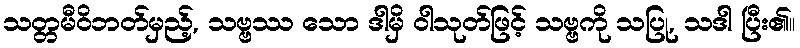
သတ္တမီဝိဘတ်မှည့်, သဗ္ဗဿ သော ဒါမှိ ဝါသုတ်ဖြင့် သဗ္ဗကို သပြု, သဒါ ပြီး၏။